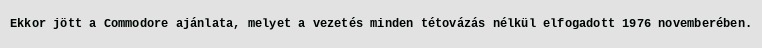
Ekkor jött a Commodore ajánlata, melyet a vezetés minden tétovázás nélkül elfogadott 1976 novemberében.